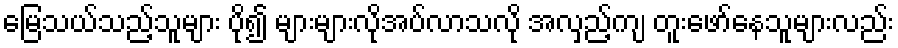
မြေသယ်သည့်သူများ ပို၍ များများလိုအပ်လာသလို အလှည့်ကျ တူးဖော်နေသူများလည်း